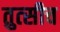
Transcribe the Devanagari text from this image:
तुत्‍सीच